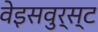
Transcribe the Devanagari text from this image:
वेइसवुर्स्ट